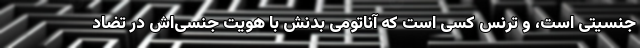
جنسیتی است، و ترنس کسی است که آناتومی بدنش با هویت جنسی‌اش در تضاد